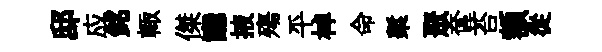
邸应銘輙傑讟掖殤平棹命槧聚奩苔額從